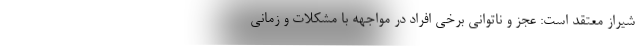
شیراز معتقد است: عجز و ناتوانی برخی افراد در مواجهه با مشکلات و زمانی